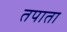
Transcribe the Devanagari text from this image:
तपाता